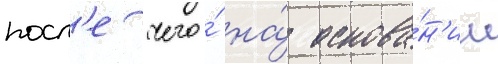
посл'е чего́ на́ основа́н'ии